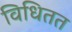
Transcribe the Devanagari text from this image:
विधितत